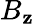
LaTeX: B_{\mathbf{z}}